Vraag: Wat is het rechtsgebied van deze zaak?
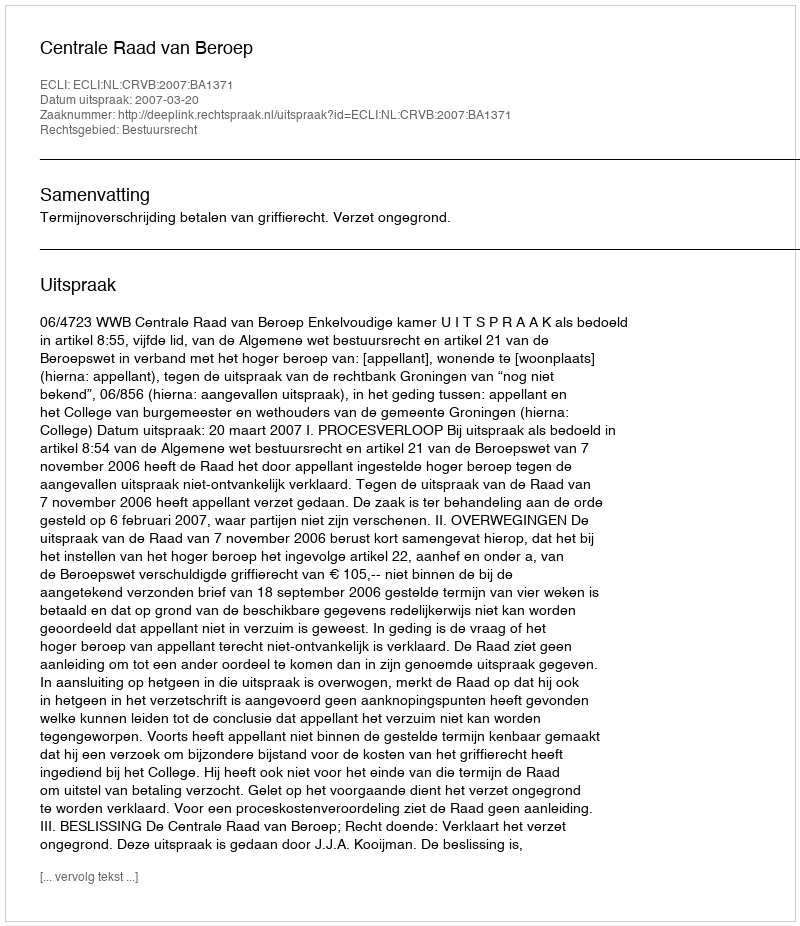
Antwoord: Bestuursrecht